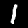
Label: 1